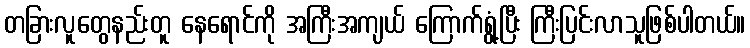
တခြားလူတွေနည်းတူ နေရောင်ကို အကြီးအကျယ် ကြောက်ရွံ့ပြီး ကြီးပြင်းလာသူဖြစ်ပါတယ်။